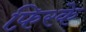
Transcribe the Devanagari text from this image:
फ़िरके